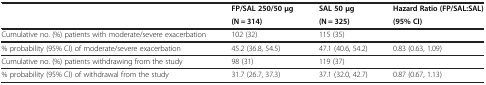
<table><thead><tr><td rowspan="2"></td><td><b>FP/SAL 250/50 μg</b></td><td><b>SAL 50 μg</b></td><td><b>Hazard Ratio (FP/SAL:SAL)</b></td></tr><tr><td><b>(N = 314)</b></td><td><b>(N = 325)</b></td><td><b>(95% CI)</b></td></tr></thead><tbody><tr><td>Cumulative no. (%) patients with moderate/severe exacerbation</td><td>102 (32)</td><td>115 (35)</td><td></td></tr><tr><td>% probability (95% CI) of moderate/severe exacerbation</td><td>45.2 (36.8, 54.5)</td><td>47.1 (40.6, 54.2)</td><td>0.83 (0.63, 1.09)</td></tr><tr><td>Cumulative no. (%) patients withdrawing from the study</td><td>98 (31)</td><td>119 (37)</td><td></td></tr><tr><td>% probability (95% CI) of withdrawal from the study</td><td>31.7 (26.7, 37.3)</td><td>37.1 (32.0, 42.7)</td><td>0.87 (0.67, 1.13)</td></tr></tbody></table>